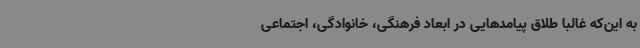
به این‌که غالباً طلاق پیامدهایی در ابعاد فرهنگی، خانوادگی، اجتماعی